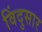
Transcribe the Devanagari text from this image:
विंदुसार